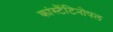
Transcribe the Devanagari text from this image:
कांस्टैंटिनोपल